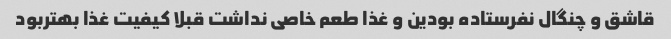
قاشق و چنگال نفرستاده بودین و غذا طعم خاصی نداشت قبلا کیفیت غذا بهتربود